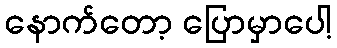
နောက်တော့ ပြောမှာပေါ့